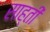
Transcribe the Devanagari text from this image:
साह्ती